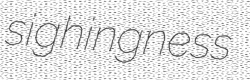
sighingness